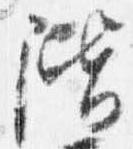
階